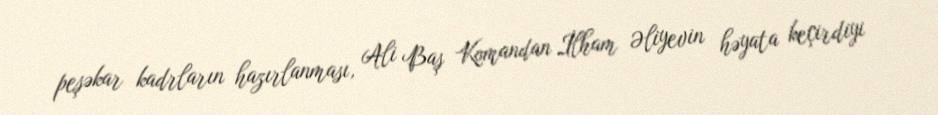
peşəkar kadrların hazırlanması, Ali Baş Komandan İlham Əliyevin həyata keçirdiyi